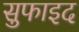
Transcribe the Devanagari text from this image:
सुफाइद